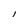
Character: I